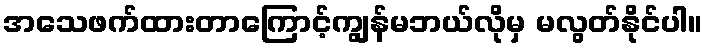
အသေဖက်ထားတာကြောင့်ကျွန်မဘယ်လိုမှ မလွတ်နိုင်ပါ။